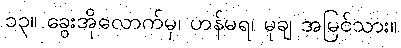
၁၃။ ခွေးအိုလောက်မှ၊ ဟန်မရ၊ မုချ အမြင်သား။